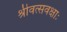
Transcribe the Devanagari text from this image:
श्रीवत्सवक्षाः